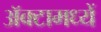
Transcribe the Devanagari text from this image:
अॅक्टामध्यें